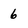
Character: 6